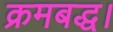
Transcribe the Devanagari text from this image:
क्रमबद्ध।